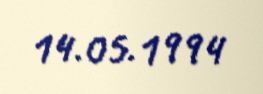
14.05.1994